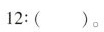
12：()。